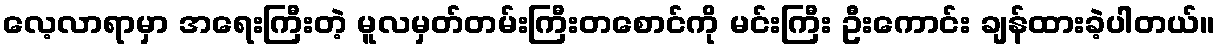
လေ့လာရာမှာ အရေးကြီးတဲ့ မူလမှတ်တမ်းကြီးတစောင်ကို မင်းကြီး ဦးကောင်း ချန်ထားခဲ့ပါတယ်။